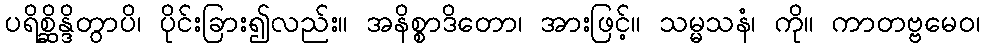
ပရိစ္ဆိန္ဒိတွာပိ၊ ပိုင်းခြား၍လည်း။ အနိစ္စာဒိတော၊ အားဖြင့်။ သမ္မသနံ၊ ကို။ ကာတဗ္ဗမေဝ၊